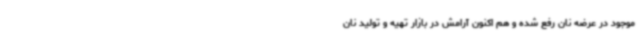
موجود در عرضه نان رفع شده و هم اکنون آرامش در بازار تهیه و تولید نان